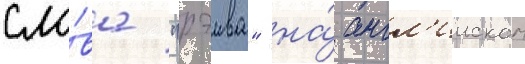
сло́ва "рэива" на́ англ'ииском